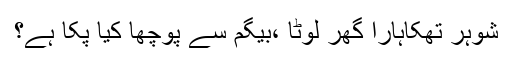
شوہر تھکاہارا گھر لوٹا ،بیگم سے پوچھا کیا پکا ہے؟